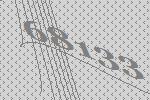
68133